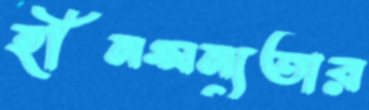
হীনম্মন্যতার